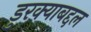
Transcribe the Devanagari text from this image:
डुरक्याबद्दल